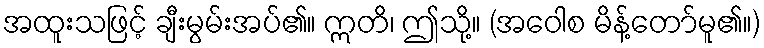
အထူးသဖြင့် ချီးမွမ်းအပ်၏။ ဣတိ၊ ဤသို့။ (အဝေါစ မိန့်တော်မူ၏။)